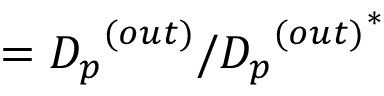
= { D _ { p } } ^ { ( o u t ) } / { { D _ { p } } ^ { ( o u t ) } } ^ { * }